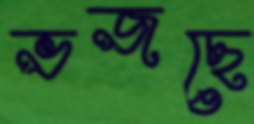
ভজছে